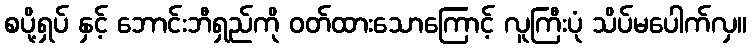
စပို့ရှပ် နှင့် ဘောင်းဘီရှည်ကို ဝတ်ထားသောကြောင့် လူကြီးပုံ သိပ်မပေါက်လှ။